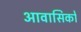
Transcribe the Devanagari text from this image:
आवासिकों